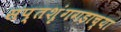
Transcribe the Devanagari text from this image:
सप्तशृंगगडाच्या